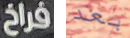
فراخ بعد